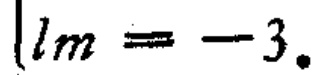
\(lm = -3.\)